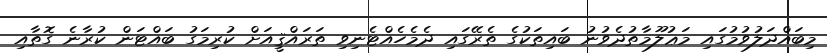
މިބައްދަލުވުމުގައި މަޢުލޫމާތުދެވުނު ބައިތަކުގެ ތެރޭގައި ދެމެހެއްޓެނިވި ތަރައްޤީއަށް ކުރިމަގު ބައްޓަން ކުރާނެ ގޮތާއި